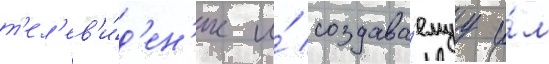
т'ел'ев'и́д'ен'ие и́ создава́емуу и́м